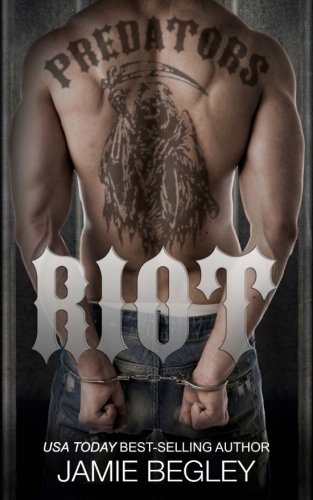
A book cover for Riot (Predators MC) (Volume 1); Jamie Begley; Romance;